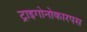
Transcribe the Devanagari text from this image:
ट्राइगोनोकारपस